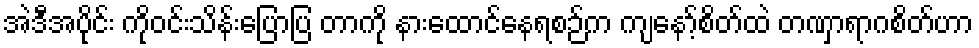
အဲဒီအပိုင်း ကိုဝင်းသိန်းပြောပြ တာကို နားထောင်နေရစဉ်က ကျနော့်စိတ်ထဲ တဏှာရာဂစိတ်ဟာ